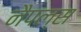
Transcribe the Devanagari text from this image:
नैपल्स